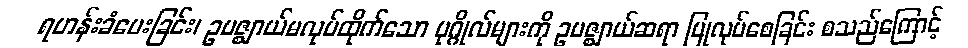
ရဟန်းခံပေးခြင်း၊ ဥပဇ္ဈာယ်မလုပ်ထိုက်သော ပုဂ္ဂိုလ်များကို ဥပဇ္ဈာယ်ဆရာ ပြုလုပ်စေခြင်း စသည်ကြောင့်